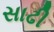
સાઢી